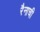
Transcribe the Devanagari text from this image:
रैनाची